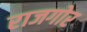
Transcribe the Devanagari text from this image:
राजगोर